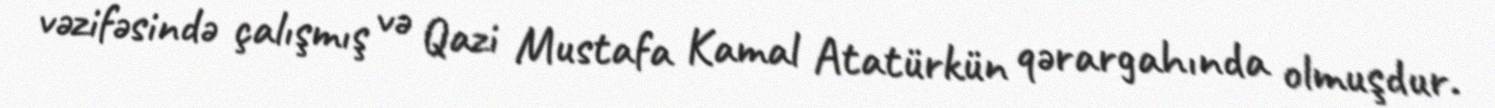
vəzifəsində çalışmış və Qazi Mustafa Kamal Atatürkün qərargahında olmuşdur.